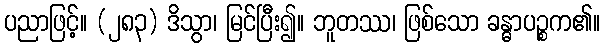
ပညာဖြင့်။ (၂၈၃) ဒိသွာ၊ မြင်ပြီး၍။ ဘူတဿ၊ ဖြစ်သော ခန္ဓာပဉ္စက၏။